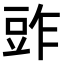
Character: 𧯤